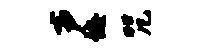
声诲咒